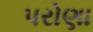
પરોણા